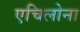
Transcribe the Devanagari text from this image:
एचिलोना